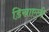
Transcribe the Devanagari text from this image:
डिस्राएली